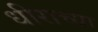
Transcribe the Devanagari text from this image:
धीराच्या